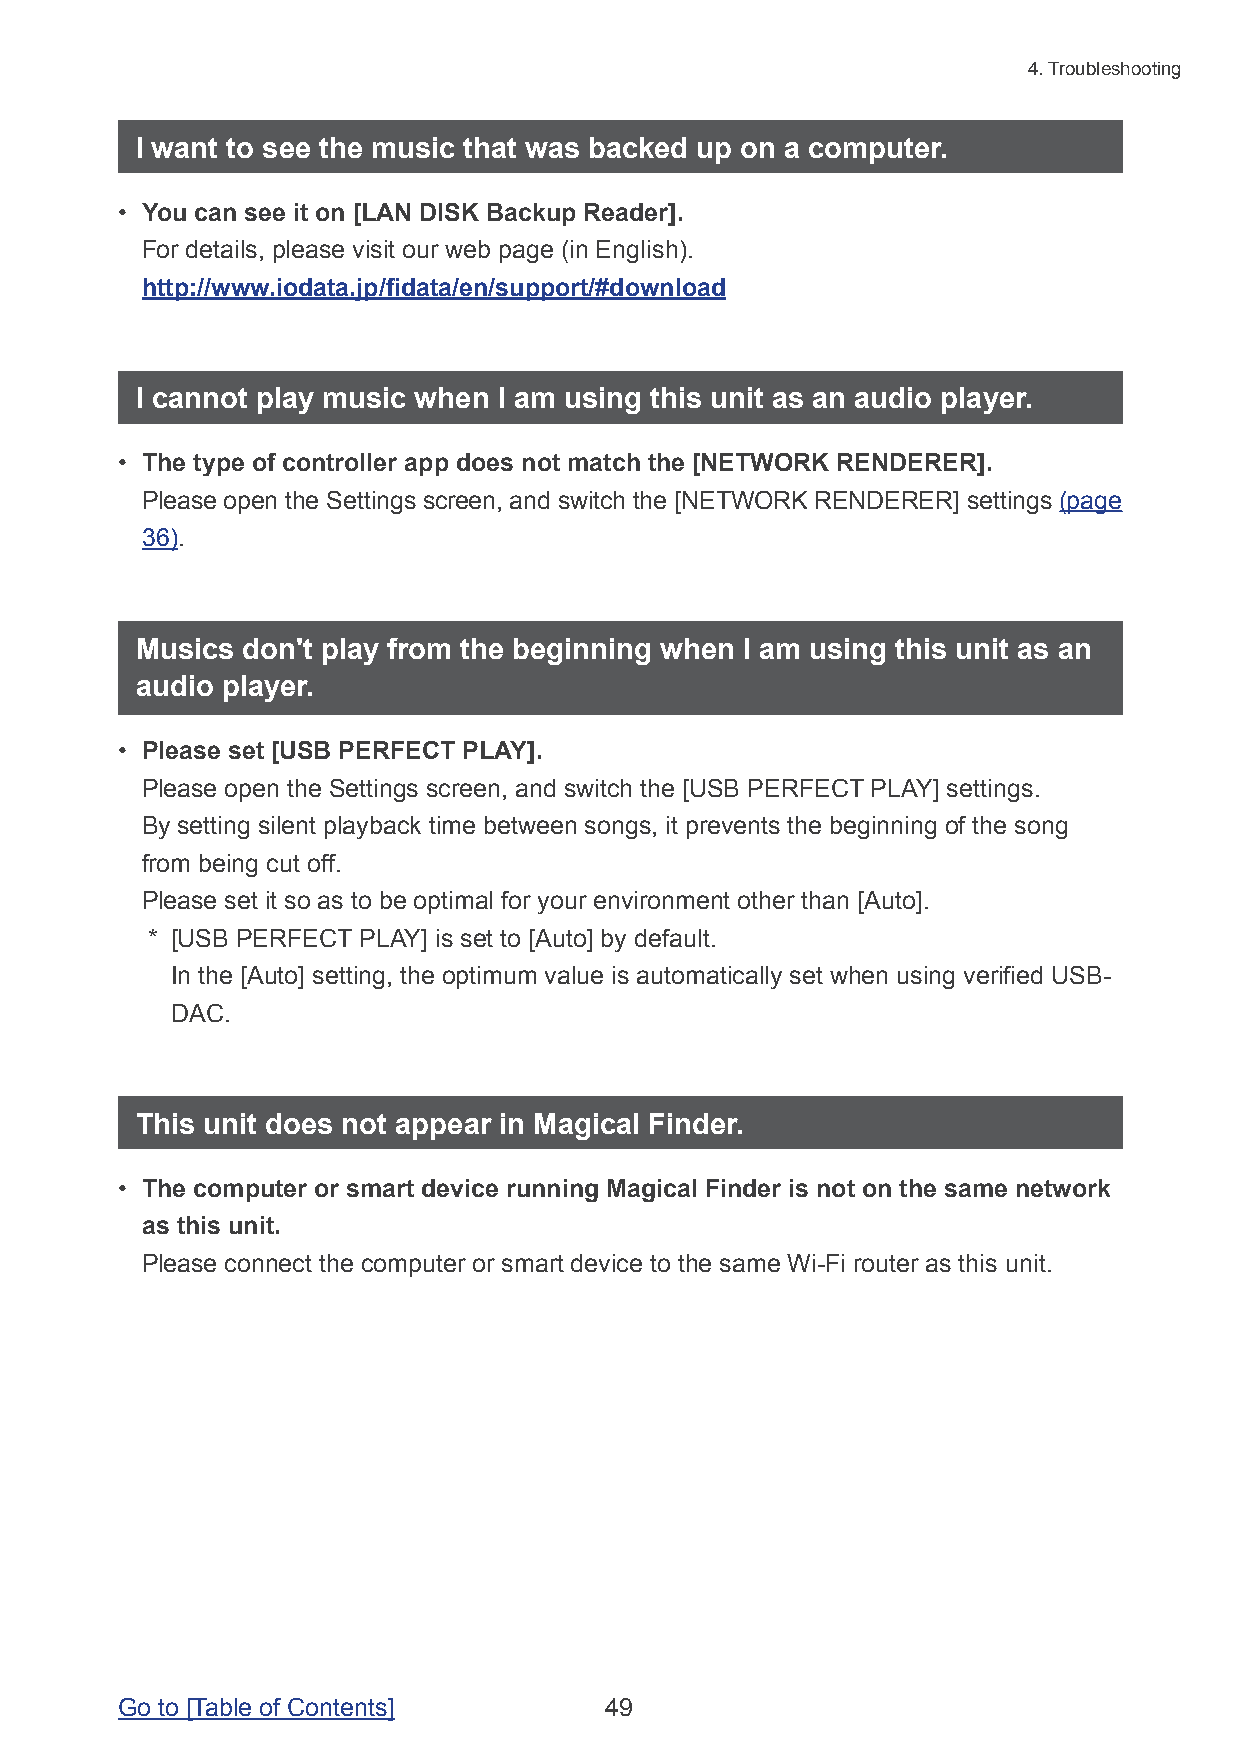
4. Troubleshooting
 I want to see the music that was backed up on a computer.
 • You can see it on [LAN DISK Backup Reader].
 For details, please visit our web page (in English).
 http://www.iodata.jp/fidata/en/support/#download
 I cannot play music when I am using this unit as an audio player.
 • The type of controller app does not match the [NETWORK RENDERER].
 Please open the Settings screen, and switch the [NETWORK RENDERER] settings (page
 36).
 Musics don't play from the beginning when I am using this unit as an
 audio player.
 • Please set [USB PERFECT PLAY].
 Please open the Settings screen, and switch the [USB PERFECT PLAY] settings.
 By setting silent playback time between songs, it prevents the beginning of the song
 from being cut off.
 Please set it so as to be optimal for your environment other than [Auto].
 * [USB PERFECT PLAY] is set to [Auto] by default.
 In the [Auto] setting, the optimum value is automatically set when using verified USB-
 DAC.
 This unit does not appear in Magical Finder.
 • The computer or smart device running Magical Finder is not on the same network
 as this unit.
 Please connect the computer or smart device to the same Wi-Fi router as this unit.
 Go to [Table of Contents]       49